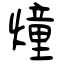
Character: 燑